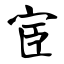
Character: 宦